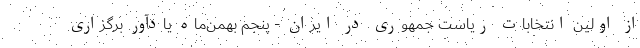
از اولین انتخابات ریاست جمهوری در ایران - پنجم بهمن‌ماه یادآور برگزاری